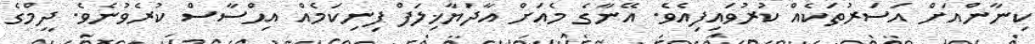
ކިނާންއަށް އަސަރުތަކެއް ކުރުވައިފިއެވެ. އޭނާގެ މެއަށް އާދަޔާޚިލަފް ފިނިކަމެއް އިޙްސާސް ކުރެވުނެވެ. ދީމްގެ